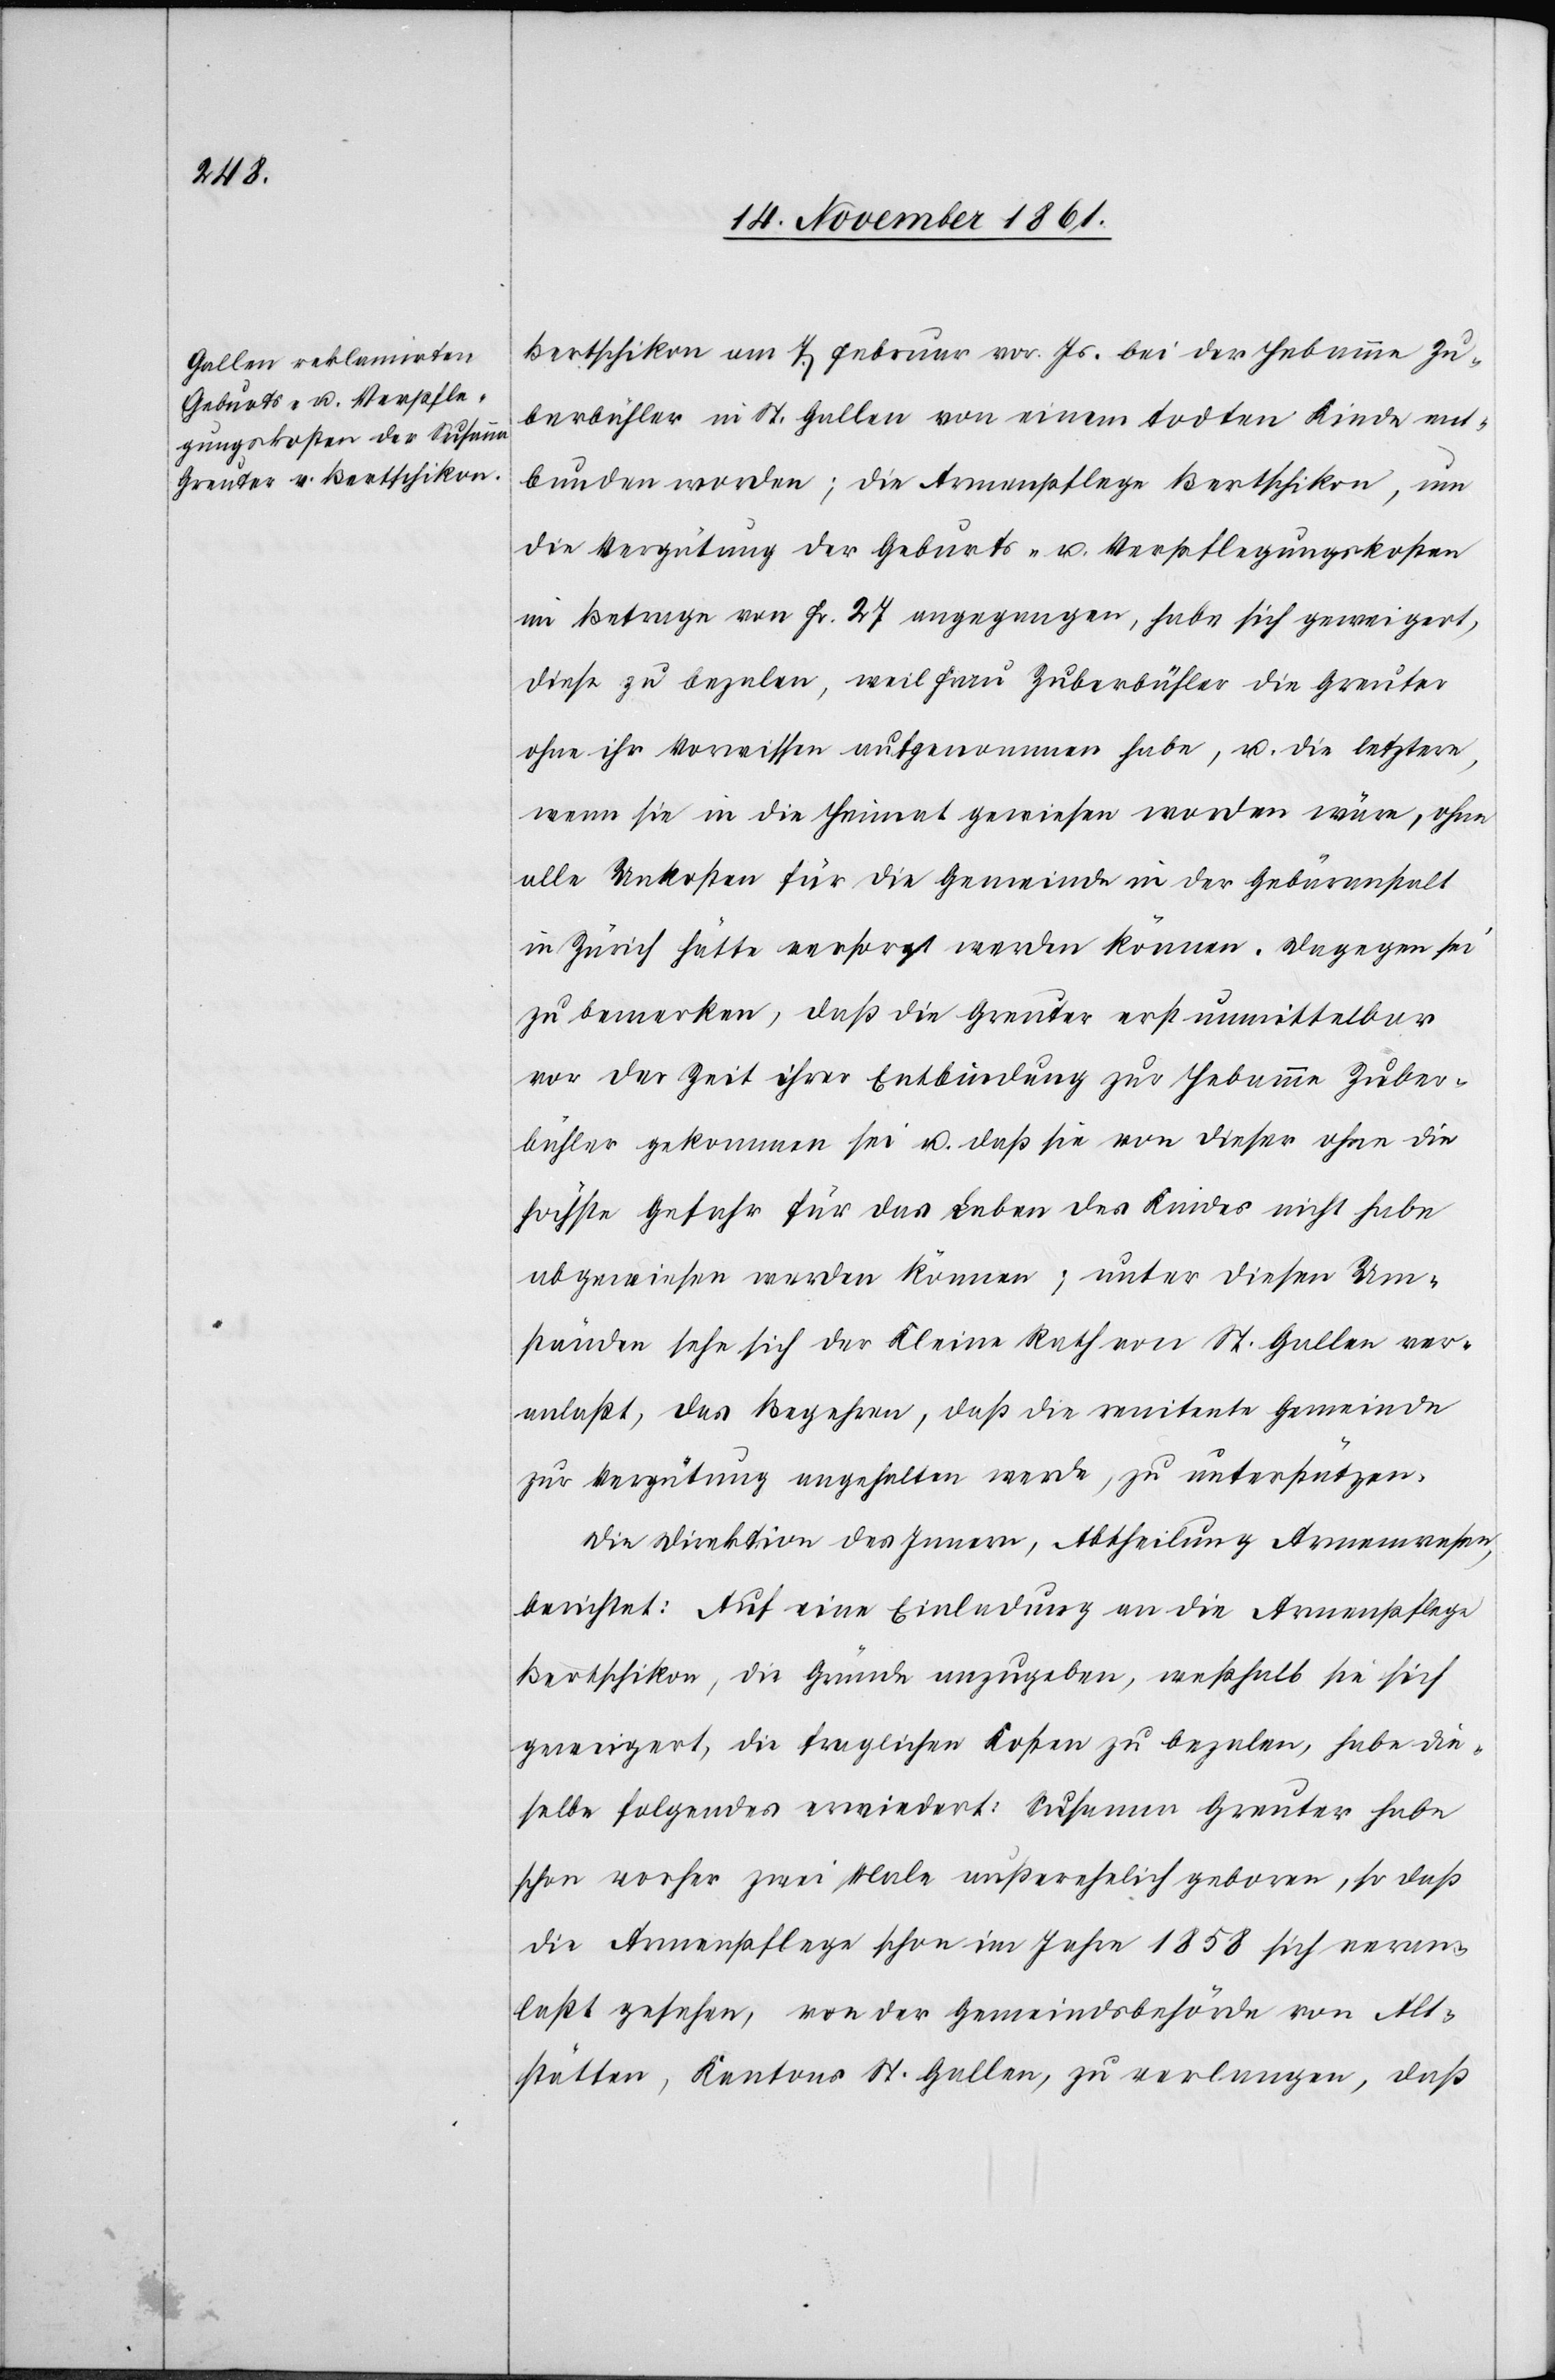
Bertschikon am 7 Februar vor. Js. bei der Hebamme Zu¬
berbühler in St. Gallen von einem todten Kinde ent¬
bunden worden; die Armenpflege Bertschikon, um
die Vergütung der Geburts- u. Verpflegungskosten
im Betrage von Fr. 27 angegangen, habe sich geweigert,
diese zu bezalen, weil Frau Zuberbühler die Greuter
ohne ihr Vorwissen aufgenommen habe, u. die letztere,
wenn sie in die Heimat gewiesen worden wäre, ohne
alle Unkosten für die Gemeinde in der Gebäranstalt
in Zürich hätte versorgt werden können. Dagegen sei
zu bemerken, daß die Greuter erst unmittelbar
vor der Zeit ihrer Entbindung zur Hebamme Zuber¬
bühler gekommen sei u. daß sie von dieser ohne die
höchste Gefähr für das Leben des Kindes nicht habe
abgewiesen werden können; unter diesen Um¬
ständen sehe sich der Kleine Rath von St. Gallen ver¬
anlaßt, das Begehren, daß die renitente Gemeinde
zur Vergütung angehalten werde, zu unterstützen.
Die Direktion des Innern, Abtheilung Armenwesen
berichtet: Auf eine Einladung an die Armenpflege
Bertschikon, die Gründe anzugeben, weßhalb sie sich
geweigert, die fraglichen Kosten zu bezalen, habe die¬
selbe folgendes erwiedert: Susanna Greuter habe
schon vorher zwei Male außerehelich geboren, so daß
die Armenpflege schon im Jahre 1858 sich veran¬
laßt gesehen, von der Gemeindsbehörde von Alt¬
stätten, Kantons St. Gallen, zu verlangen, daß